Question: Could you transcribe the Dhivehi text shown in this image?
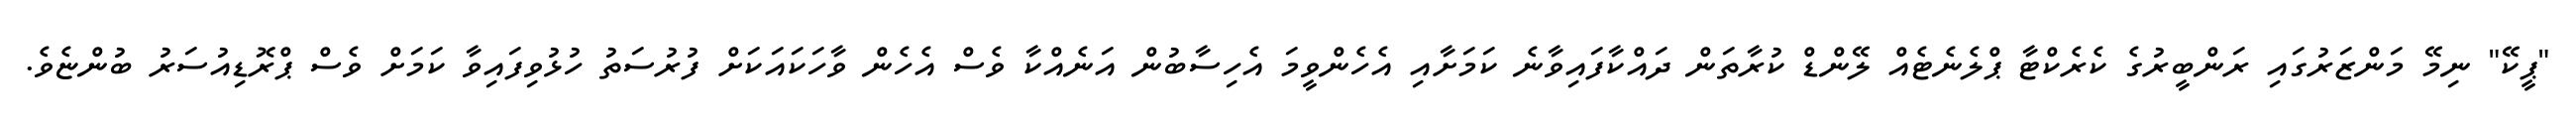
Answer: "ޕީކޭ" ނިމޭ މަންޒަރުގައި ރަންބީރުގެ ކެރެކްޓާ ޕްލެނެޓެއް ލޭންޑް ކުރާތަން ދައްކާފައިވާނެ ކަމަށާއި އެހެންވީމަ އެހިސާބުން އަނެއްކާ ވެސް އެހެން ވާހަކައަކަށް ފުރުސަތު ހުޅުވިފައިވާ ކަމަށް ވެސް ޕްރޮޑިއުސަރު ބުންޏެވެ.